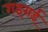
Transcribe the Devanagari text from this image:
गइराई